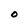
Character: O